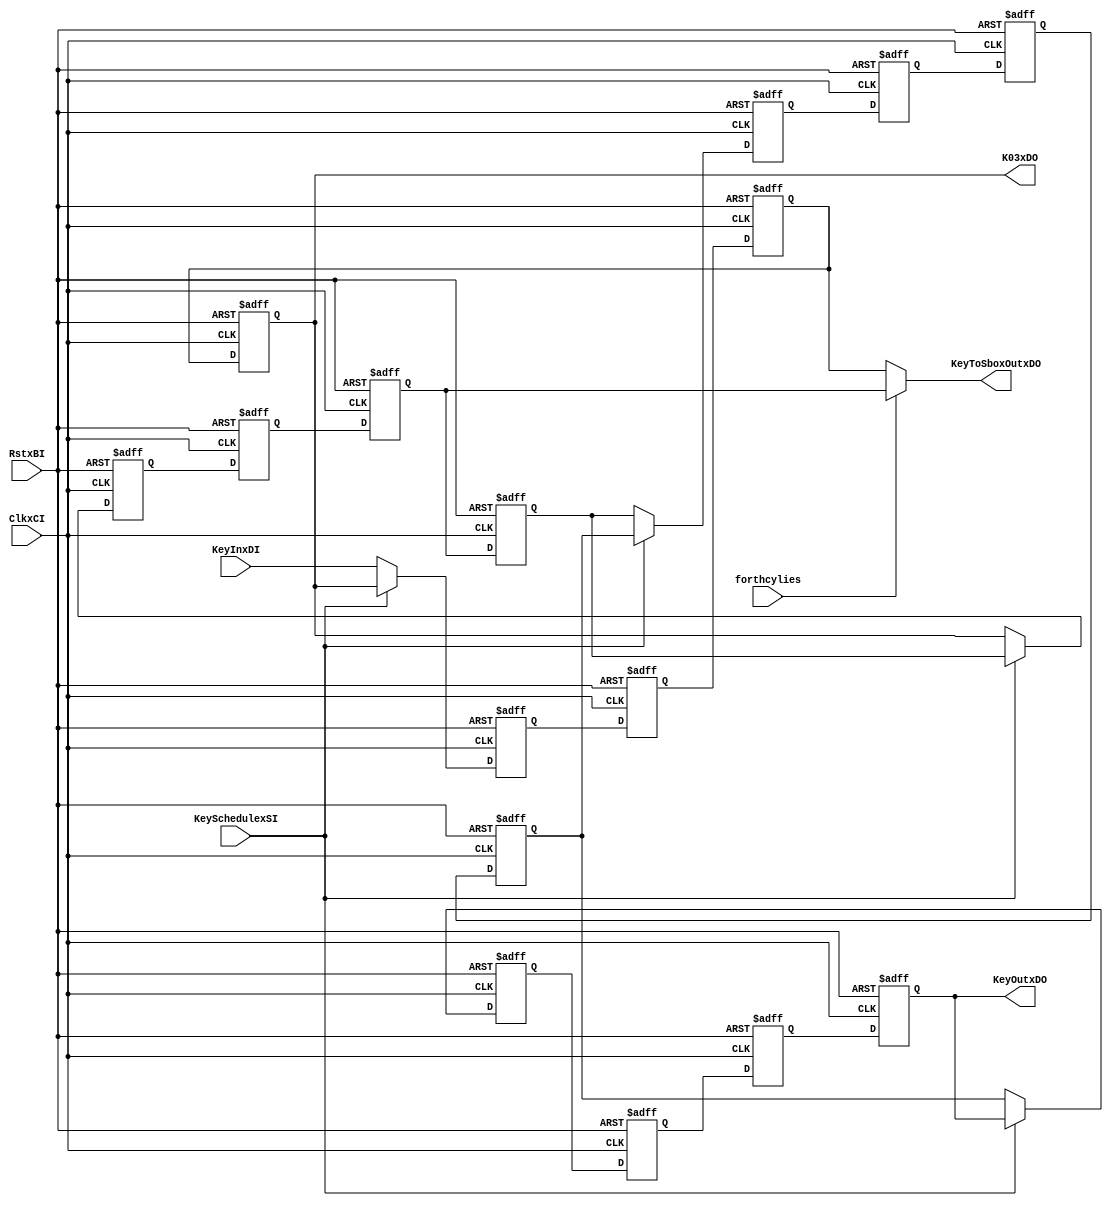
`timescale 1ns / 1ps
//////////////////////////////////////////////////////////////////////////////////
// Company: 
// Engineer: 
// 
// Design Name: 
// Module Name:    aes_key_regs 
// Project Name: 
// Target Devices: 
// Tool versions: 
// Description: 
//
// Dependencies: 
//
// Revision: 
// Revision 0.01 - File Created
// Additional Comments: 
//
//////////////////////////////////////////////////////////////////////////////////
//key register 
module aes_key_regs(
   input        ClkxCI,
   input        RstxBI,
   input [7:0]  KeyInxDI,   //key in
	input        forthcylies,   //cycle 4
   input        KeySchedulexSI,   //do Sbox 
   output reg [7:0] KeyOutxDO,   //key out
   output reg [7:0] KeyToSboxOutxDO,   //enter Sbox 
   output reg [7:0] K03xDO   //for key schedule
	);
   
   reg [7:0]    K00xDN;
   reg [7:0]    K00xDP;
   reg [7:0]    K01xDN;
   reg [7:0]    K01xDP;
   reg [7:0]    K02xDN;
   reg [7:0]    K02xDP;
   reg [7:0]    K03xDN;
   reg [7:0]    K03xDP;
   reg [7:0]    K10xDN;
   reg [7:0]    K10xDP;
   reg [7:0]    K11xDN;
   reg [7:0]    K11xDP;
   reg [7:0]    K12xDN;
   reg [7:0]    K12xDP;
   reg [7:0]    K13xDN;
   reg [7:0]    K13xDP;
   reg [7:0]    K20xDN;
   reg [7:0]    K20xDP;
   reg [7:0]    K21xDN;
   reg [7:0]    K21xDP;
   reg [7:0]    K22xDN;
   reg [7:0]    K22xDP;
   reg [7:0]    K23xDN;
   reg [7:0]    K23xDP;
   reg [7:0]    K30xDN;
   reg [7:0]    K30xDP;
   reg [7:0]    K31xDN;
   reg [7:0]    K31xDP;
   reg [7:0]    K32xDN;
   reg [7:0]    K32xDP;
   reg [7:0]    K33xDN;
   reg [7:0]    K33xDP;
   
   
   always @(K00xDP or K01xDP or K02xDP or K03xDP or K10xDP or K11xDP or K12xDP or K13xDP or K20xDP or K21xDP or K22xDP or K23xDP
      or K30xDP or K31xDP or K32xDP or K33xDP or KeyInxDI or KeySchedulexSI or forthcylies)
   begin
      KeyOutxDO = K00xDP;	
		
		//output for key schedule
      K03xDO = K03xDP;
      
		//output for Sbox
		if (forthcylies == 1'b1)
		KeyToSboxOutxDO = K12xDP;
		else 
      KeyToSboxOutxDO = K13xDP;
				
      //do key schedule
		if (KeySchedulexSI == 1'b1)
      begin
         K00xDN = K10xDP;
         K01xDN = K11xDP;
         K02xDN = K12xDP;
         K03xDN = K13xDP;
         K10xDN = K20xDP;
         K11xDN = K21xDP;
         K12xDN = K22xDP;
         K13xDN = K23xDP;
         K20xDN = K30xDP;
         K21xDN = K31xDP;
         K22xDN = K32xDP;
         K23xDN = K33xDP;
         K30xDN = K00xDP;
         K31xDN = K01xDP;
         K32xDN = K02xDP;
         K33xDN = K03xDP;
      end
      else
      begin
		//Normal register movement
         K00xDN = K10xDP;
         K01xDN = K11xDP;
         K02xDN = K12xDP;
         K03xDN = K13xDP;
         K10xDN = K20xDP;
         K11xDN = K21xDP;
         K12xDN = K22xDP;
         K13xDN = K23xDP;
         K20xDN = K30xDP;
         K21xDN = K31xDP;
         K22xDN = K32xDP;
         K23xDN = K33xDP;
         K30xDN = K01xDP;
         K31xDN = K02xDP;
         K32xDN = K03xDP;
         K33xDN = KeyInxDI;
      end
   end
    
   always @(posedge ClkxCI or negedge RstxBI)
   begin
      if (RstxBI == 1'b0)
      begin
         K00xDP <= {8{1'b0}};
         K01xDP <= {8{1'b0}};
         K02xDP <= {8{1'b0}};
         K03xDP <= {8{1'b0}};
         K10xDP <= {8{1'b0}};
         K11xDP <= {8{1'b0}};
         K12xDP <= {8{1'b0}};
         K13xDP <= {8{1'b0}};
         K20xDP <= {8{1'b0}};
         K21xDP <= {8{1'b0}};
         K22xDP <= {8{1'b0}};
         K23xDP <= {8{1'b0}};
         K30xDP <= {8{1'b0}};
         K31xDP <= {8{1'b0}};
         K32xDP <= {8{1'b0}};
         K33xDP <= {8{1'b0}};
      end
      else 
      begin
         K00xDP <= K00xDN;
         K01xDP <= K01xDN;
         K02xDP <= K02xDN;
         K03xDP <= K03xDN;
         K10xDP <= K10xDN;
         K11xDP <= K11xDN;
         K12xDP <= K12xDN;
         K13xDP <= K13xDN;
         K20xDP <= K20xDN;
         K21xDP <= K21xDN;
         K22xDP <= K22xDN;
         K23xDP <= K23xDN;
         K30xDP <= K30xDN;
         K31xDP <= K31xDN;
         K32xDP <= K32xDN;
         K33xDP <= K33xDN;
      end
   end
   
endmodule